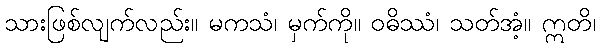
သားဖြစ်လျက်လည်း။ မကသံ၊ မှက်ကို။ ဝဓိဿံ၊ သတ်အံ့။ ဣတိ၊